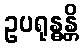
ဥပရုန္ဓန္တိ